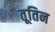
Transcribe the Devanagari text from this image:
तूतिन